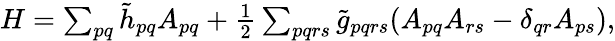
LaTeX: \begin{array}{r}{H=\sum_{pq}\tilde{h}_{pq}A_{pq}+\frac{1}{2}\sum_{pqrs}\tilde{g}_{pqrs}(A_{pq}A_{rs}-\delta_{qr}A_{ps}),}\end{array}